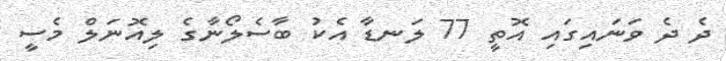
ދެ ދެ ވަނައިގައި އޮތީ 77 ލަނޑާ އެކު ބާސެލޯނާގެ ލިއޮނަލް މެސީ